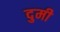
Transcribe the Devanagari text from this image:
दुमी